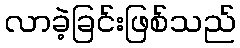
လာခဲ့ခြင်းဖြစ်သည်